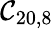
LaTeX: \mathcal{C}_{20,8}